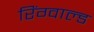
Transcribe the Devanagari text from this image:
रिंग्वाल्ड